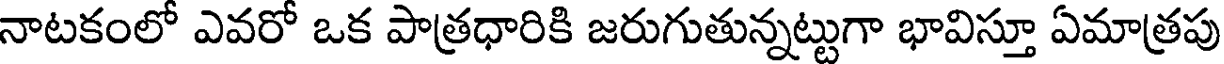
నాటకంలో ఎవరో ఒక పాత్రధారికి జరుగుతున్నట్టుగా భావిస్తూ ఏమాత్రపు